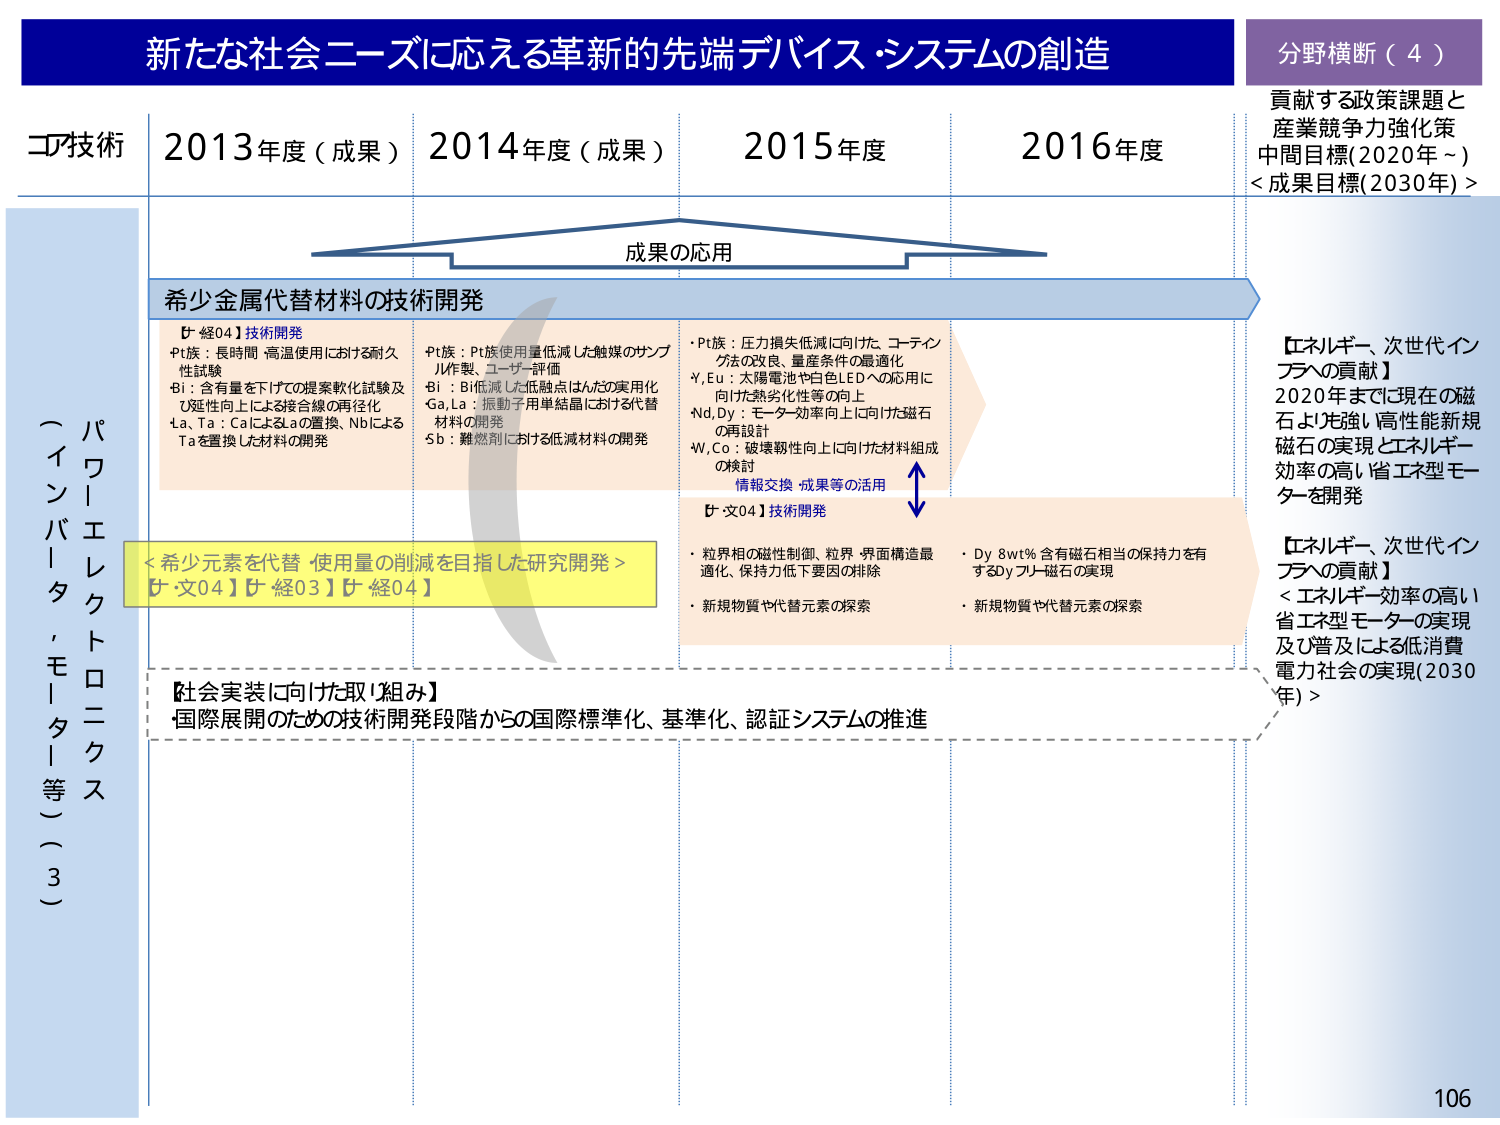
新たな社会ニーズに応える革新的先端デバイス・システムの創造
分野横断（4）
貢献する政策課題と産業競争力強化策
中間目標（2020年～）
＜成果目標（2030年）＞

コア技術
2013年度（成果）
2014年度（成果）
2015年度
2016年度

成果の応用

希少金属代替材料の技術開発

【経04】技術開発
・Pt族：長時間・高温使用における耐久性試験
・Bi：含有量を下げての提案軟化試験及び延性向上による接合線の再径化
・La, Ta：CaによるLaの置換、NbによるTaを置換した材料の開発

・Pt族：Pt族使用量低減した触媒のサンプル作製、ユーザー評価
・Bi：Bi低減した低融点はんだの実用化
・Ga, La：振動子用単結晶における代替材料の開発
・Sb：難燃剤における低減材料の開発

・Pt族：圧力損失低減に向けた、コーティング法の改良、量産条件の最適化
・Y, Eu：太陽電池や白色LEDへの応用に向けた熱劣化性等の向上
・Nd, Dy：モーター効率向上に向けた磁石の再設計
・W, Co：破壊靭性向上に向けた材料組成の検討

情報交換・成果等の活用

【文04】技術開発
・粒界相の磁性制御、粒界・界面構造最適化、保持力低下要因の排除
・新規物質や代替元素の探索

・Dy 8wt%含有磁石相当の保持力を有するDyフリー磁石の実現
・新規物質や代替元素の探索

＜希少元素を代替・使用量の削減を目指した研究開発＞
【文04】【経03】【経04】

【社会実装に向けた取り組み】
・国際展開のための技術開発段階からの国際標準化、基準化、認証システムの推進

【エネルギー、次世代インフラへの貢献】
2020年までに現在の磁石より先強い高性能新規磁石の実現とエネルギー効率の高い省エネ型モーターを開発

【エネルギー、次世代インフラへの貢献】
＜エネルギー効率の高い省エネ型モーターの実現及び普及による低消費電力社会の実現（2030年）＞

パワーエレクトロニクス（インバータ、モーター等）（3）

106